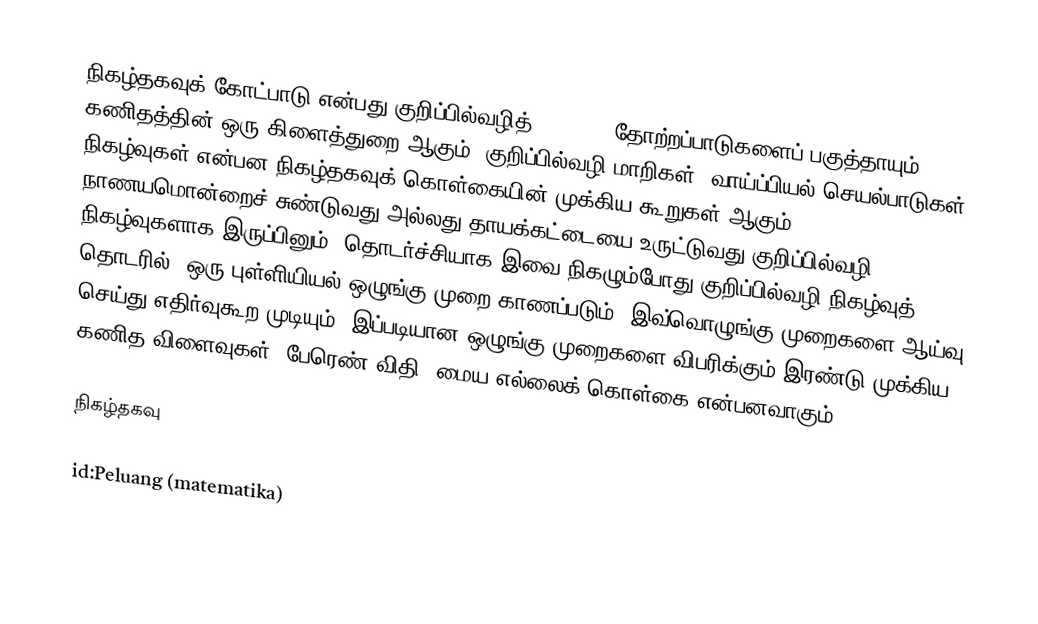
நிகழ்தகவுக் கோட்பாடு என்பது குறிப்பில்வழித் (random) தோற்றப்பாடுகளைப் பகுத்தாயும் கணிதத்தின் ஒரு கிளைத்துறை ஆகும். குறிப்பில்வழி மாறிகள், வாய்ப்பியல் செயல்பாடுகள், நிகழ்வுகள் என்பன நிகழ்தகவுக் கொள்கையின் முக்கிய கூறுகள் ஆகும். நாணயமொன்றைச் சுண்டுவது அல்லது தாயக்கட்டையை உருட்டுவது குறிப்பில்வழி நிகழ்வுகளாக இருப்பினும், தொடர்ச்சியாக இவை நிகழும்போது குறிப்பில்வழி நிகழ்வுத் தொடரில், ஒரு புள்ளியியல் ஒழுங்கு முறை காணப்படும். இவ்வொழுங்கு முறைகளை ஆய்வு செய்து எதிர்வுகூற முடியும். இப்படியான ஒழுங்கு முறைகளை விபரிக்கும் இரண்டு முக்கிய கணித விளைவுகள், பேரெண் விதி, மைய எல்லைக் கொள்கை என்பனவாகும்.

நிகழ்தகவு

id:Peluang (matematika)